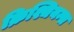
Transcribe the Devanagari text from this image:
क्रिश्चियन्स